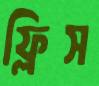
ফ্লিস